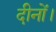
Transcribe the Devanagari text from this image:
दीनों।